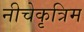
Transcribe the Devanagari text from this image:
नीचेकृत्रिम